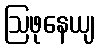
ဩဖုနေယျ